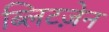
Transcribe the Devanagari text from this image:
ब्लिटज़ेन